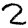
Digit: 2